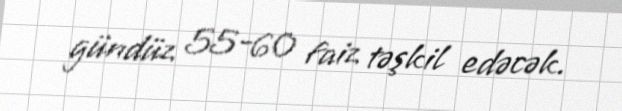
gündüz 55-60 faiz təşkil edəcək.